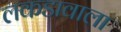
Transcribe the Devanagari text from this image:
लकडावाला